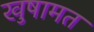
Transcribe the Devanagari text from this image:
खुषामत